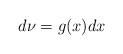
LaTeX: \begin{align*}d\nu=g(x)dx\end{align*}